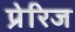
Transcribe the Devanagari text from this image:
प्रेरिज